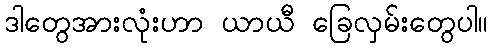
ဒါတွေအားလုံးဟာ ယာယီ ခြေလှမ်းတွေပါ။